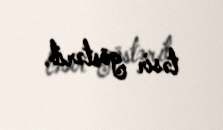
təsir göstərib.